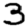
Digit: 3